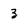
Character: 3